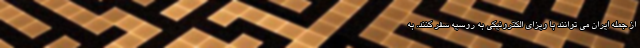
از جمله ایران می توانند با ویزای الکترونیکی به روسیه سفر کنند. به